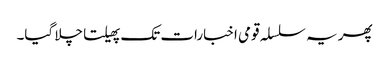
پھر یہ سلسلہ قومی اخبارات تک پھیلتا چلا گیا۔